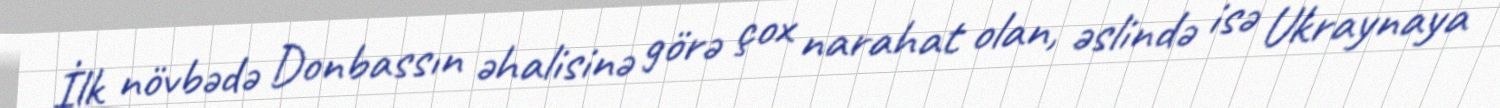
İlk növbədə Donbassın əhalisinə görə çox narahat olan, əslində isə Ukraynaya